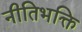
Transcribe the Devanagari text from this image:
नीतिभक्ति